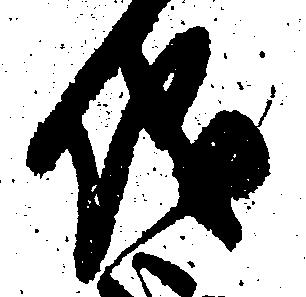
儀